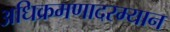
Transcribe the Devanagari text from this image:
अधिक्रमणादरम्यान